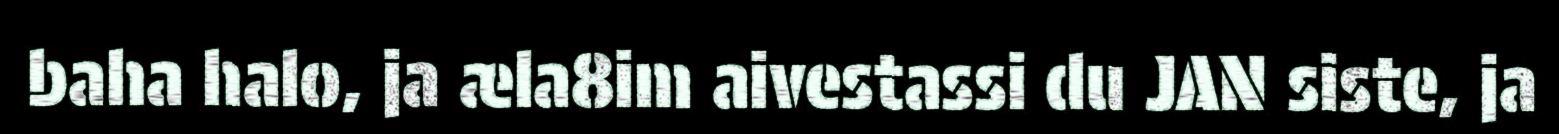
baha halo, ja æla8im aivestassi du JAN siste, ja